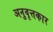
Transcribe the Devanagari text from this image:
अनुवृत्तकार